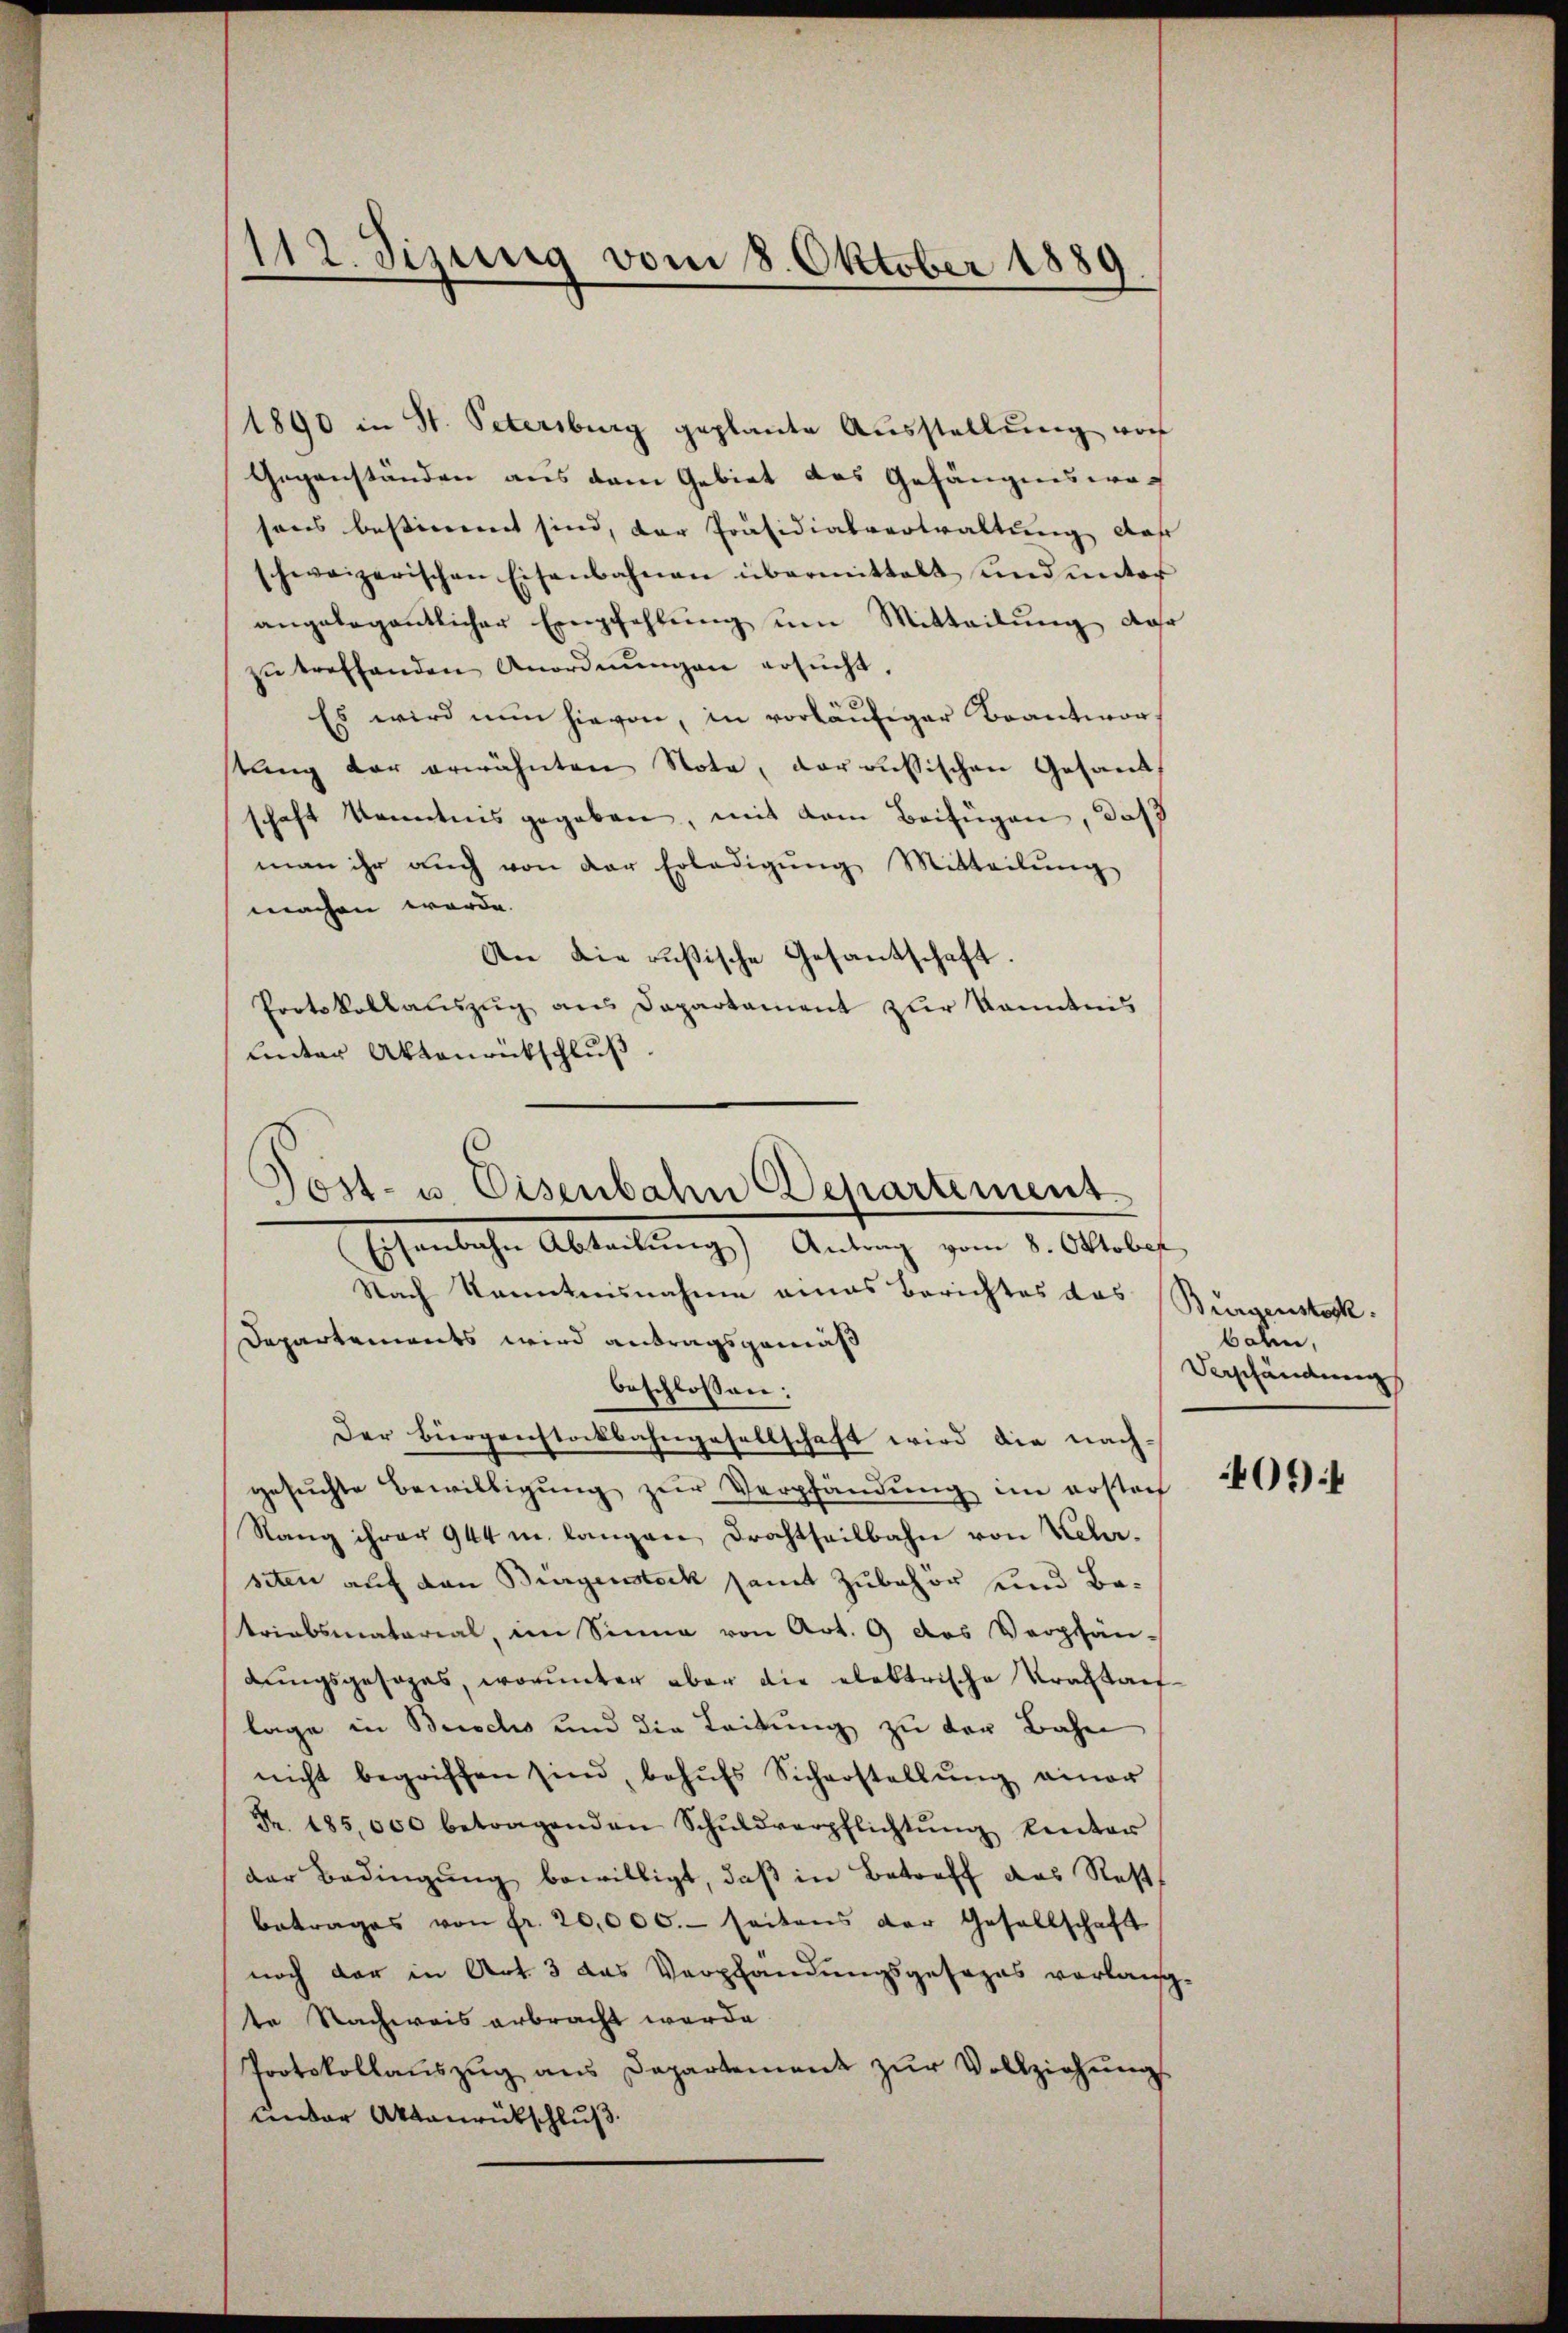
112. Sizung vom 8. Oktober 1889

1890 in St. Petersburg geplante Aŭsstellŭng vorh
Gegenständen aus dem Gebiet das Gefängniswesens bestimmt sind, der Präsidialverwaltung daß
schweizerischen Eisenbahnen übermittalt und unter
angelegentlicher Empfehlŭng um Mitteilŭng Jahr
zŭ treffenden Anordnŭngen ersŭcht.
E
Es wird nun hievon, in vorläufiger Beantworstung der erwähnten Nota, daraussischen Gesandt
schaft kenntnis gegeben, mit dem Beifügen, daß
man ihr auch von der Erledigŭng Mitteilŭng
machen werde.
An die russische Gesandschaft.
Protokollauszug aus Departament zur kanntnis
Lnter Aktenrückschluß
Nach kanntnisnahme eines Berichtes das Bürgenstock¬
Departements wird antragsgemäß
beschlossen:
Der Bürgenstockbahngesellschaft wird die nach-
gesŭchte Bewilligŭng zŭr Verpfändung im erstoch
Stang ihrer 944 u. langen Drachtheilbahn von Kehrsiten auf den Burgenstock samt Zubehör und Betriebsmaterial, im Sinne von Art. 9 das Verpfän-
dungsgesages, worunter aber die elektrische Tractanlage in Beschs und die Leitung zu der Bahn
nicht begriffen sind, behŭfs Sicherstellŭng einer
Fr. 185,000 betragenden Schŭldverpflichtŭng kinter
der Bedingung bewilligt, daß in Betreff das Rest
Betrages von fr. 20,000. seitens der Gesellschaft
noch der in Art. 3 das Verpfändungsgesezes verlang
te Nachweis erbracht werde.
Protokollaŭszŭg ans Departement zŭr Vollziehŭngs-
Ander Aktenrückschluß

Post- u. Eisenbahn Departemens
Eisenbahn Abteilung) Antrag vom 8. Oktober

bahn,
Verschändung

.

06):